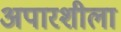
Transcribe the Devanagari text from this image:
अपारशीला